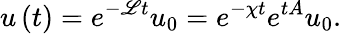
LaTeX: u\left(t\right)=e^{-\mathscr{L}t}u_{0}=e^{-\chi t}e^{tA}u_{0}.